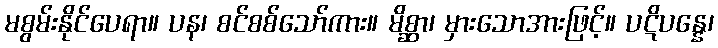
မစွမ်းနိုင်ပေရာ။ ပန၊ စင်စစ်သော်ကား။ မိစ္ဆာ၊ မှားသောအားဖြင့်။ ပဋိပန္နေ၊